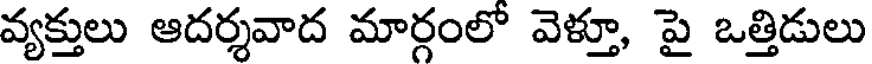
వ్యక్తులు ఆదర్శవాద మార్గంలో వెళ్తూ, పై ఒత్తిడులు